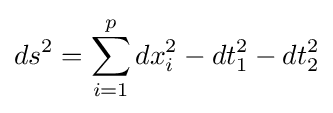
ds^{2}=\sum _{i=1}^{p}dx_{i}^{2}-dt_{1}^{2}-dt_{2}^{2}